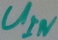
Text: UIN